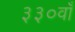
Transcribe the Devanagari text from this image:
३३०वाँ